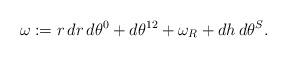
LaTeX: \begin{align*}\omega:= r \, dr \, d\theta^0 + d \theta^{12} + \omega_R + dh \, d\theta^S .\end{align*}